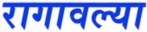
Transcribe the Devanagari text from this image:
रागावल्या